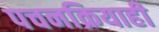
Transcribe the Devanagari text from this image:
पचनक्रियाही